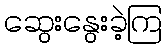
ဆွေးနွေးခဲ့ကြ